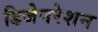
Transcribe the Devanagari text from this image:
डिजेनरेशन